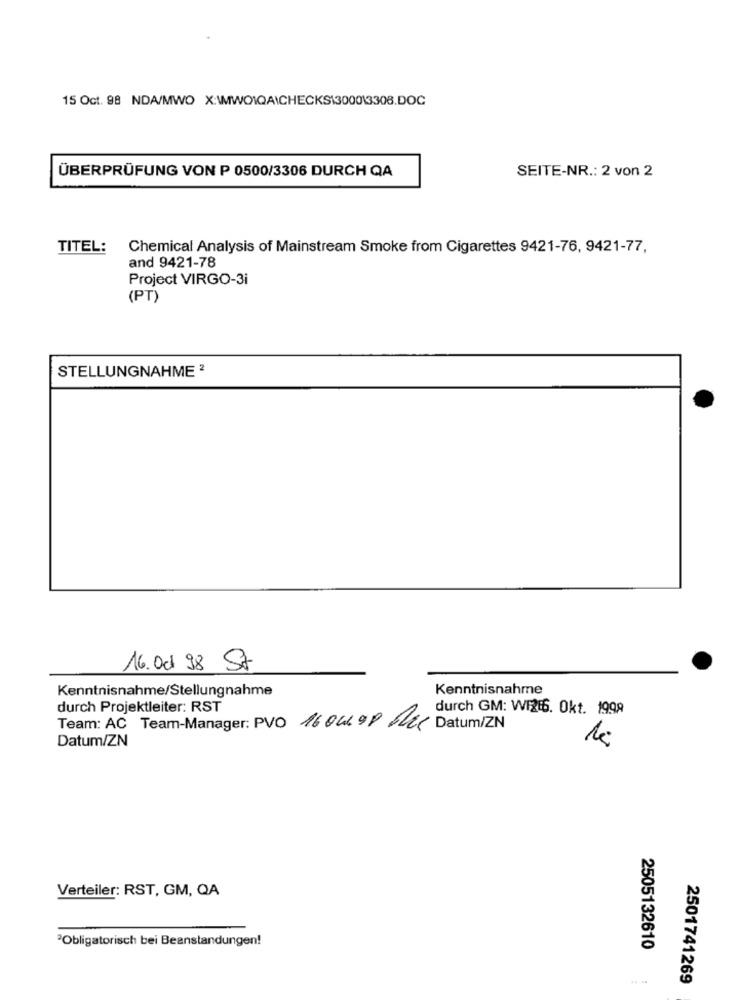
15 Oct. 98 NDA/MWO X:WIWO\QAICHECKS13000\3308.DOC
ÜBERPRÜFUNG VON P 0500/3306 DURCH QA
SEITE-NR .: 2 von 2
TITEL:
Chemical Analysis of Mainstream Smoke from Cigarettes 9421-76, 9421-77,
and 9421-78
Project VIRGO-3i
(PT)
STELLUNGNAHME 2
16. 001.98 St
Kenntnisnahme/Stellungnahme
Kenntnisnahme
durch Projektleiter: RST
durch GM: W1216. Okt. 1998
Team: AC Team-Manager: PVO 160499 12( Datum/ZN
Datum/ZN
Verteiler: RST, GM, QA
2Obligatorisch bei Beanstandungen!
2505132610
2501741269